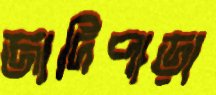
জাদিপাড়া